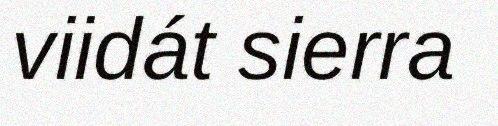
viidát sierra